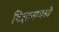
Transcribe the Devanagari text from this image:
विज्ञानामध्ये